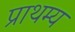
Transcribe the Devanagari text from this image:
प्राथम्य